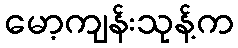
မော့ကျန်းသုန့်က